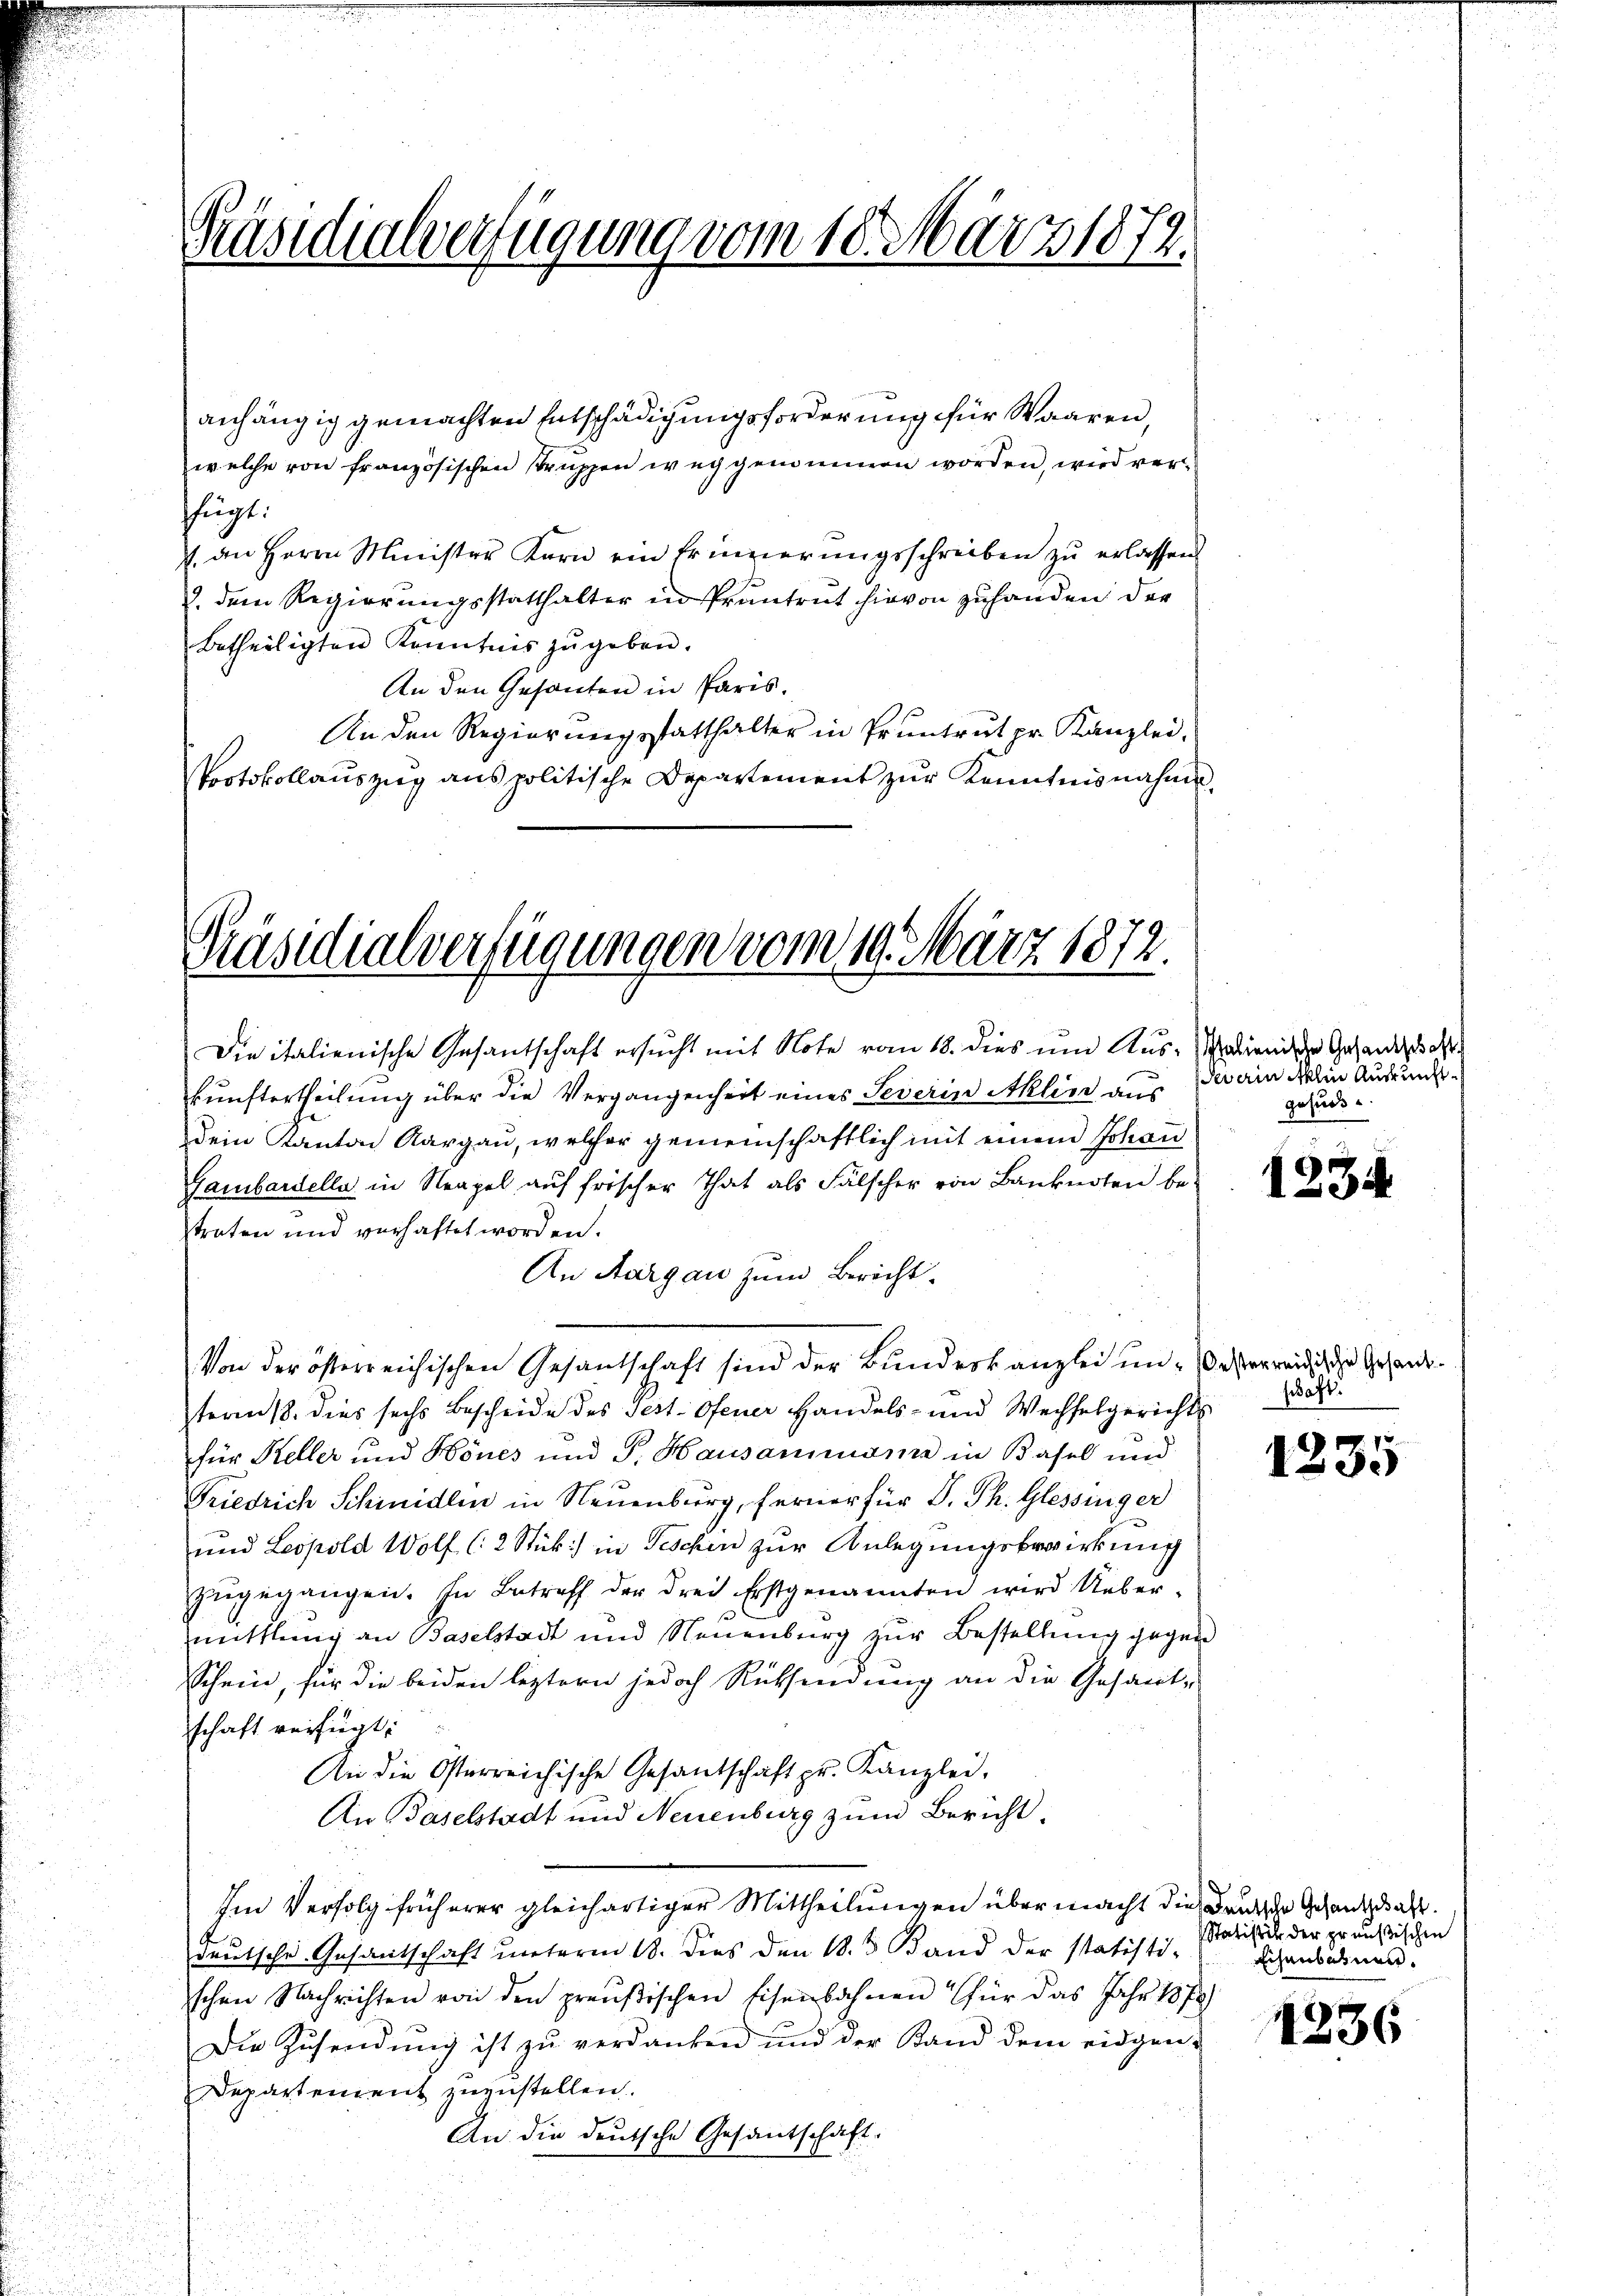
Präsidialverfügung vom 18. März 1872.

anhängig gemachten Entschädigungsforderung für Waaren,
welche von französischen Struppen weggemeinen worden, wird verffügt:
1. an Herrn Minister Korn ein Erinnerungsschreiben zu erlassen
. dem Regierungsstatthalter in Pruntrut hievon zuhanden der
Betheiligten Kenntnis zŭgeben.
An den Gesanten in Paris.
An den Regierungsstatthalter in Pruntrut pr. Kanzlei,
Protokollauszug aus politische Departement zur Kenntnisnahme,

Präsidialverfügungen vom 19. März 1872.

Die italienische Gesantschaft ersucht mit Note vom 18. dies um Aus-valienische Gesandtschaft
kŭnftertheilung über die Vergangenheit eines Severin Aklin aus ain delin Ausrund¬
Dein Kanton Aargau, welcher gemeinschaftlich mit einem Johan
Gambardella in Neapel auf frischer That als Fälscher von Banknoten be-
treten und verhaftet worden.
An Aargau zum Bericht.
Von der österreichischen Gesantschaft sind der Bunderkanzlei un- Wasserreich die Gesandteans, dies sechs Bescheide des Test. Ofener Handels- und Wechselgerichts
für Keller und Bones und P. Hausammann in Basel und
Friedrich Schinidlen in Neuenburg, ferner für P. Ph. Glessinger
und Leopold Wolf (2 Stück in Tischen zur Anlegungsbewirkung
zŭgegangen. In Betreff der drei Erstgenannten wird Ueber-
mittlung an Baselstadt und Neuenburg zur Bestellung gegen
Schein, für die beiden leztern jedoch Rücksendung an die Gesant-
schaft verfügt:
An die Osterreichische Gesandschaft pr. Kanzlei,
An Baselstadt und Neuenburg zum Bericht.
Im Verfolg früherer gleichartiger Mittheilungen über macht die Deutsche Gesandtschaft.
deutsche Gesantschaft unterm 18. dies den 18. 3. Band der statisti-
schen Nachrichten von den preußischen Eisenbahnen für das Jahr 1870)
Die Zusendung ist zu verdanken und der Stand dem eidgen.
Departement zuzustellen.
An die deutsche Gesantschaft.

gefund

123.

schäft.

1235

Statistik der preußischen
Eisenbahnen.

1236